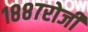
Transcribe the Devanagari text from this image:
१८८७रोजी